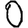
Digit: 0